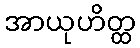
အာယုဟိတ္ထ